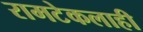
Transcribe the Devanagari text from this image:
रामटेकलाही